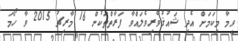
ވީމާ މިކަމަށް އެދި ޝައުޤުވެރިވެލައްވާ ފަރާތްތަކުން 16 މާރިޗު 2015 ވާ ހޯމަ